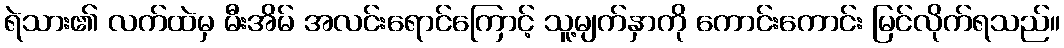
ရဲသား၏ လက်ထဲမှ မီးအိမ် အလင်းရောင်ကြောင့် သူ့မျက်နှာကို ကောင်းကောင်း မြင်လိုက်ရသည်။